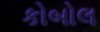
કોબોલ